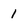
Character: 1